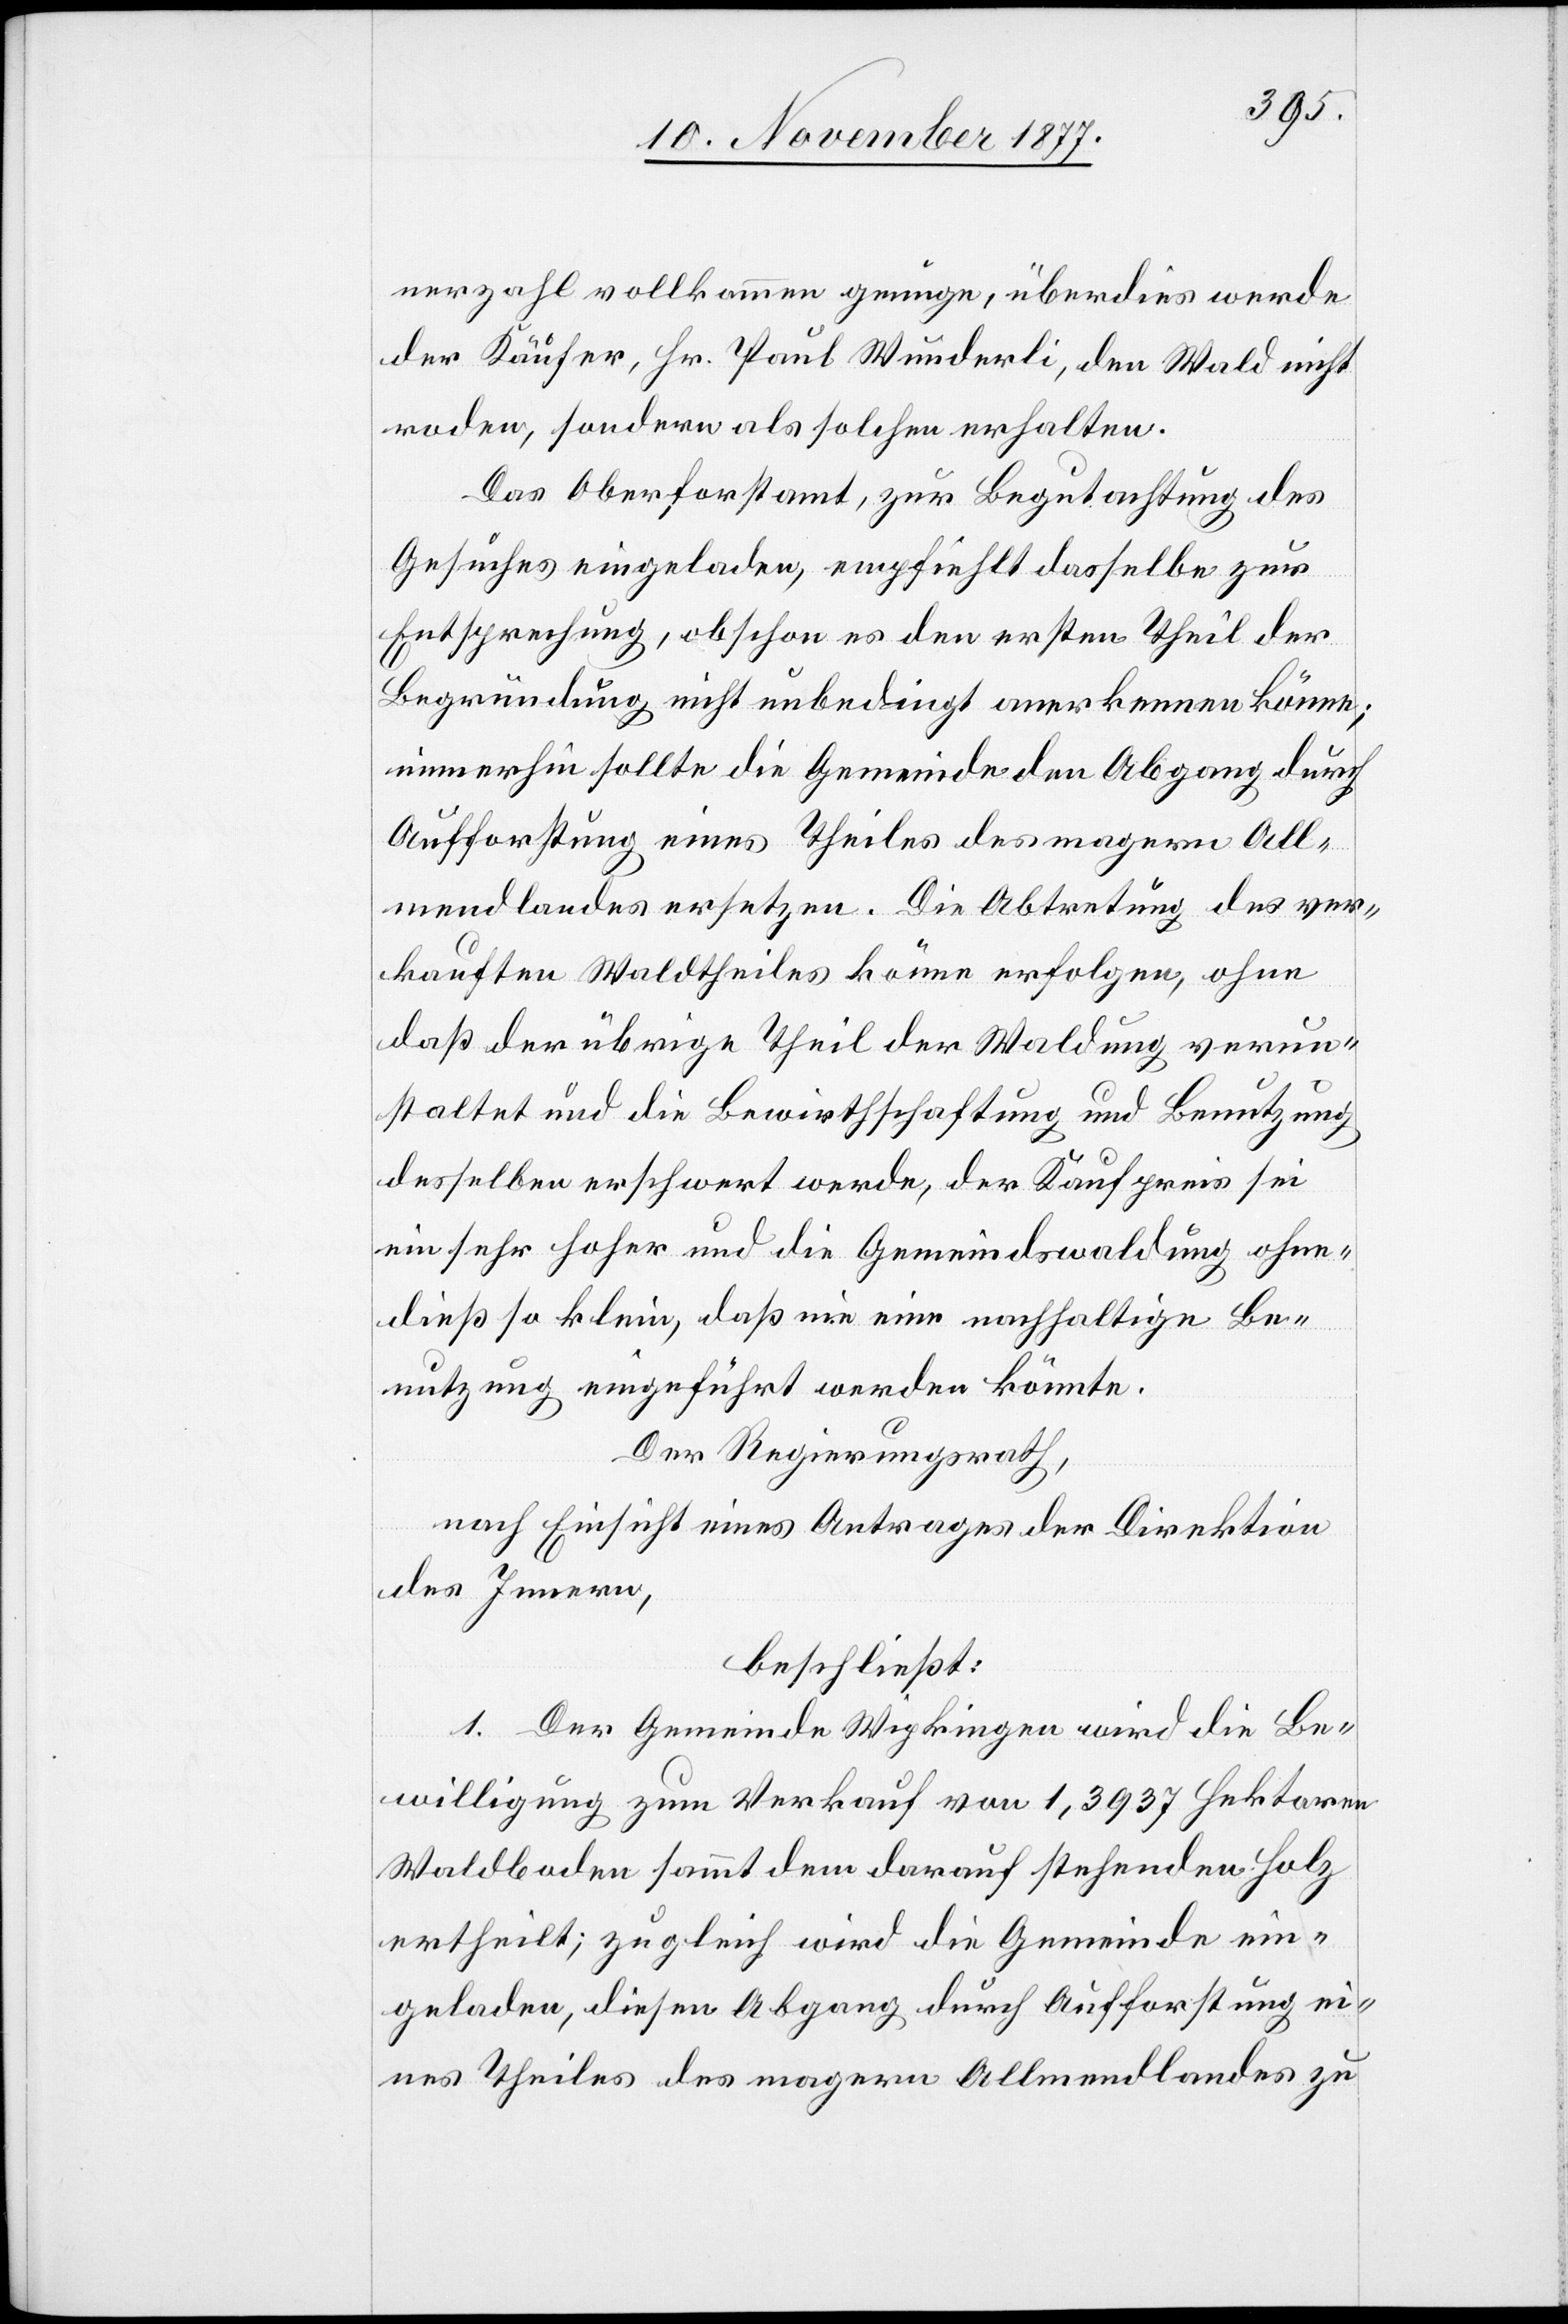
nerzahl vollkommen genüge, überdies werde
der Käufer, Hr. Paul Wunderli, den Wald nicht
roden, sondern als solchen erhalten.
Das Oberforstamt, zur Begutachtung des
Gesuches eingeladen, empfiehlt dasselbe zur
Entsprechung, obschon es den ersten Theil der
Begründung nicht unbedingt anerkennen könne;
immerhin sollte die Gemeinde den Abgang durch
Aufforstung eines Theiles des magern All¬
mendlandes ersetzen. Die Abtretung des ver¬
kauften Waldtheiles könne erfolgen, ohne
daß der übrige Theil der Waldung verun¬
staltet und die Bewirthschaftung und Benutzung
desselben erschwert werde, der Kaufpreis sei
ein sehr hoher und die Gemeindswaldung ohne¬
dieß so klein, daß nie eine nachhaltige Be¬
nutzung eingeführt werden könnte.
Der Regierungsrath,
nach Einsicht eines Antrages der Direktion
des Innern,
beschließt:
1. Der Gemeinde Wipkingen wird die Be¬
willigung zum Verkauf von 1,3937 Hektaren
Waldboden sammt dem darauf stehenden Holz
ertheilt; zugleich wird die Gemeinde ein¬
geladen, diesen Abgang durch Aufforstung ei¬
nes Theiles des magern Allmendlandes zu